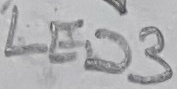
Text: LED3